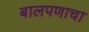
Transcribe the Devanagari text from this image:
बालपणाचा